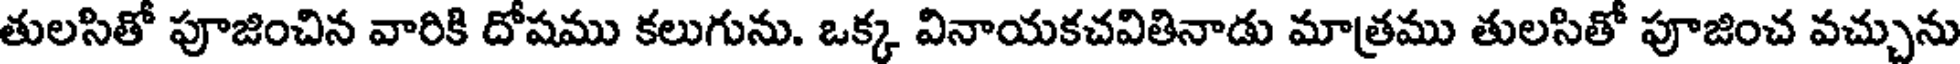
తులసితో పూజించిన వారికి దోషము కలుగును. ఒక్క వినాయకచవితినాడు మాత్రము తులసితో పూజించ వచ్చును